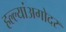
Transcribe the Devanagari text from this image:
हल्ल्यांअगोदर